38_143685_box_Incident_Summaries_101-172
Agency: Department of War
Page 105
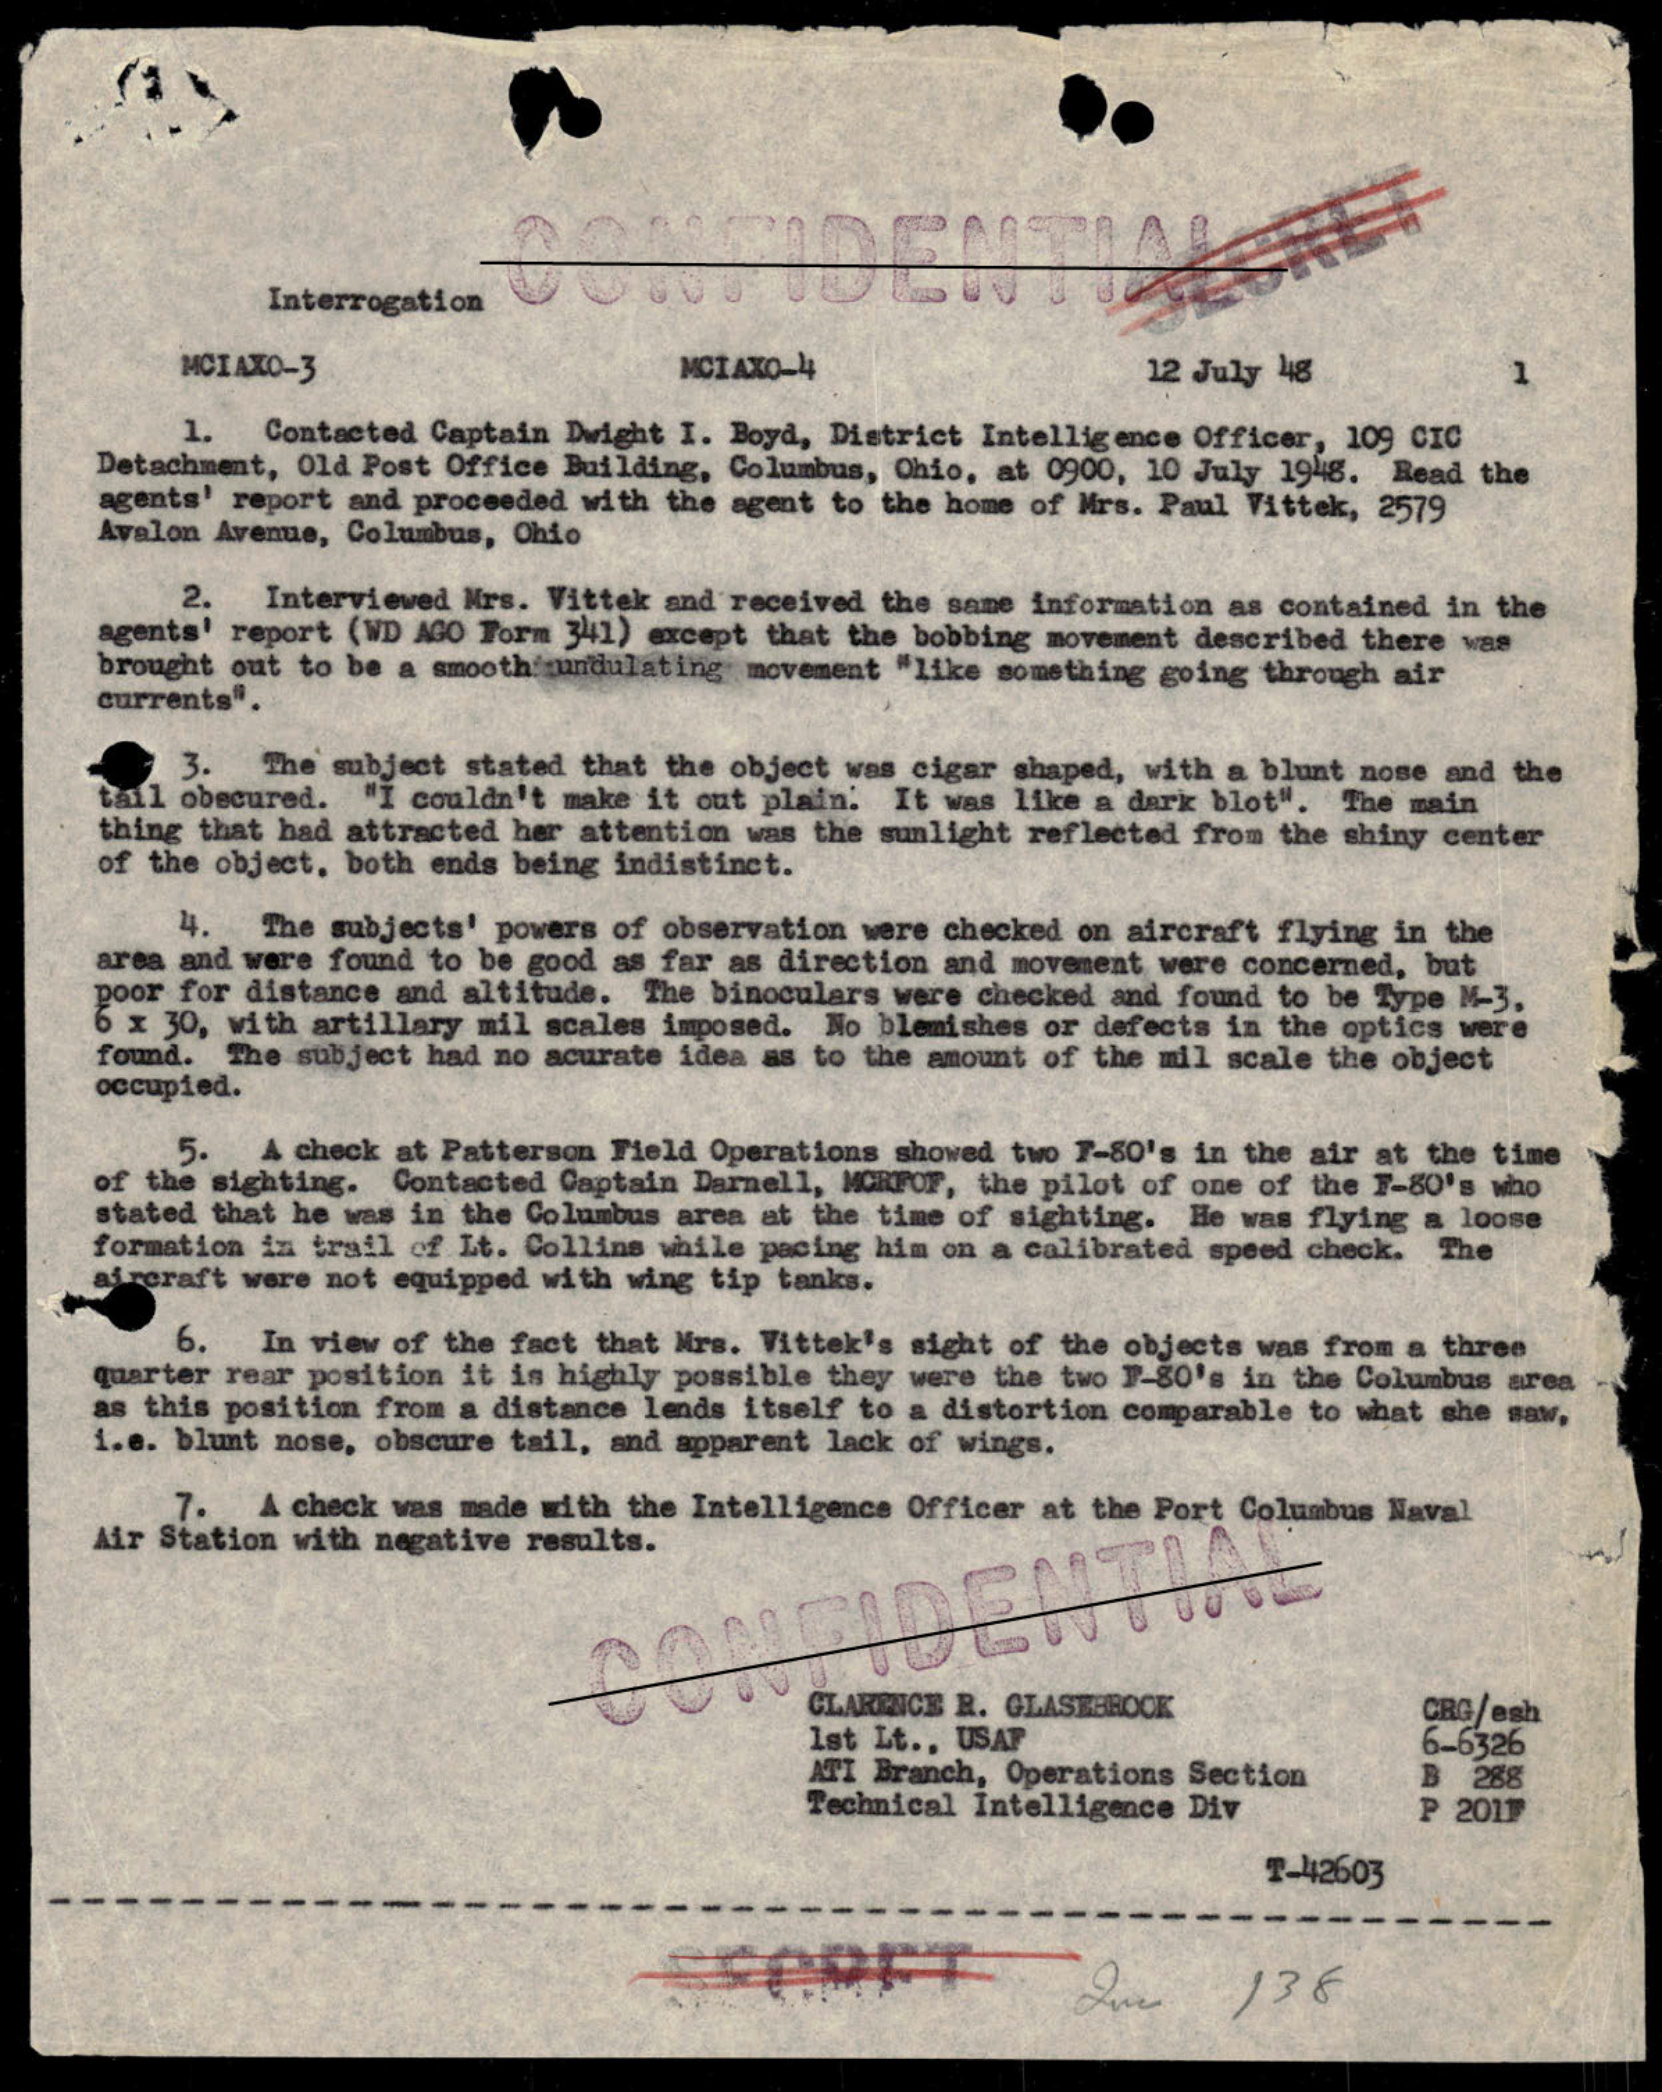